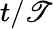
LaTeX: t/\mathscr{T}